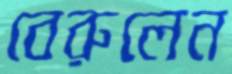
বেরুলেন